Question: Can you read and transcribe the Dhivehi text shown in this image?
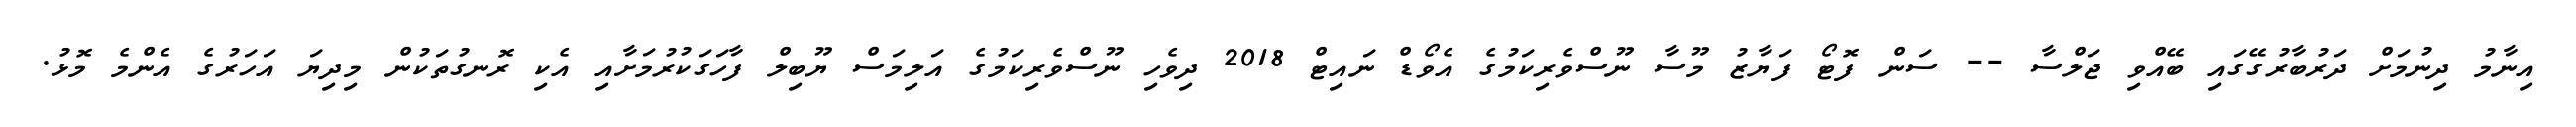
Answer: އިނާމު ދިނުމަށް ދަރުބާރުގޭގައި ބޭއްވި ޖަލްސާ -- ސަން ފޮޓޯ ފަޔާޒު މޫސާ ނޫސްވެރިކަމުގެ އެވޯޑް ނައިޓް 2018 ދިވެހި ނޫސްވެރިކަމުގެ އަލިމަސް ޔޫބިލް ފާހަގަކުރުމަށާއި އެކި ރޮނގުތަކުން މިދިޔަ އަހަރުގެ އެންމެ މޮޅު.